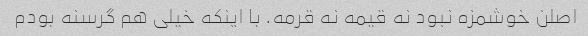
اصلن خوشمزه نبود نه قیمه نه قرمه. با اینکه خیلی هم گرسنه بودم